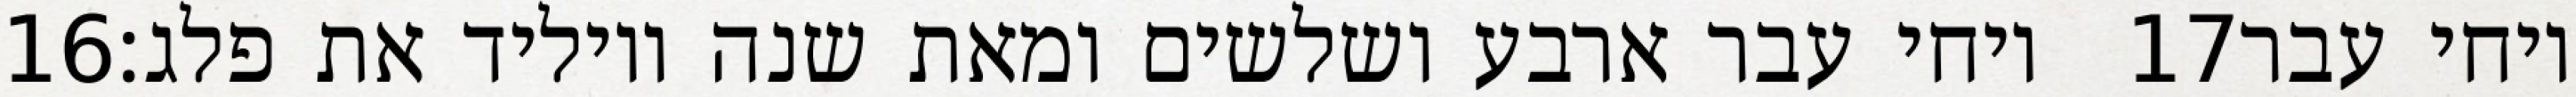
‎16‏ ויחי עבר ארבע ושלשים ומאת שנה ויוליד את פלג׃ ‎17‏ ויחי עבר